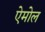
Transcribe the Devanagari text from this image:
ऐमोल